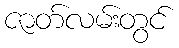
ဇာတ်လမ်းတွင်